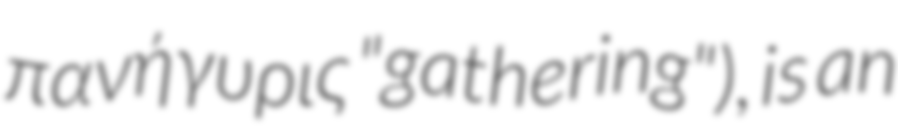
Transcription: πανήγυρις "gathering"), is an